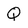
Character: Q